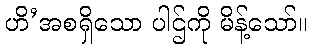
ဟိ’အစရှိသော ပါဌ်ကို မိန့်သော်။